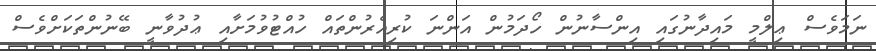
ނަމަވެސް ޢިލްމީ މައިދާނުގައި އިންސާނުން ހޯދަމުން އަންނަ ކުރިއެރުންތައް ހުއްޓުވުމަށާއި ޢުދުވާނީ ބޭނުންތަކަށްވެސް